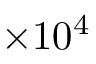
\times 1 0 ^ { 4 }